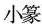
小篆